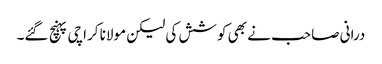
درانی صاحب نے بھی کوشش کی لیکن مولانا کراچی پہنچ گئے۔